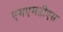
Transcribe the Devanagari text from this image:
एमएमडीएस